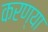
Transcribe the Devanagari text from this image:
करण्या